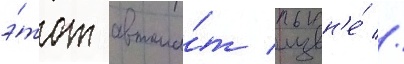
э́тот автома́т извн'е́ //